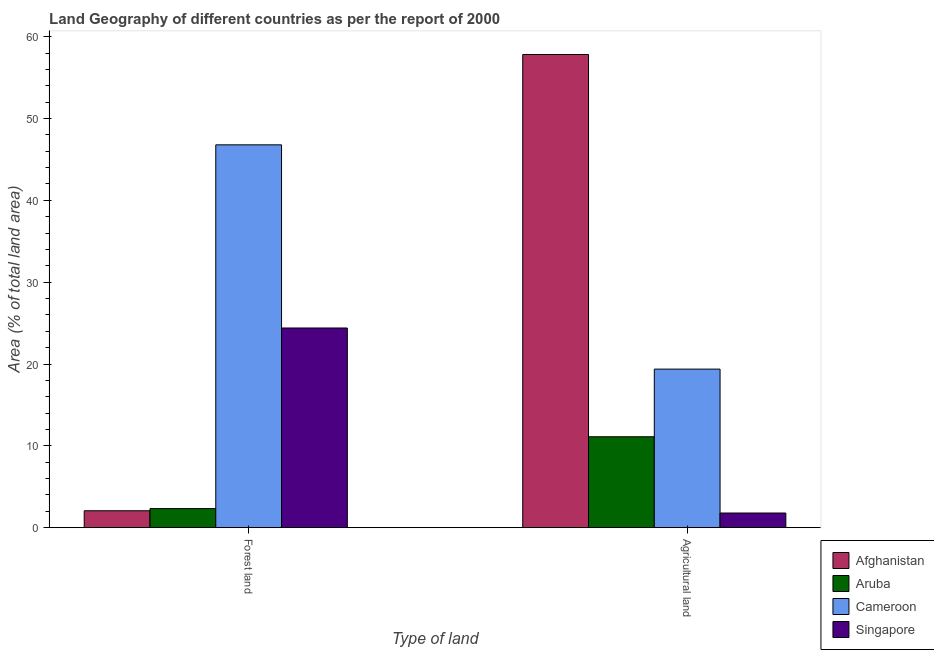
| Type of land | Afghanistan | Aruba | Cameroon | Singapore |
 | --- | --- | --- | --- | --- |
 | Forest land | 2.07 | 2.33 | 46.8 | 24.4 |
 | Agricultural land | 57.8 | 11.1 | 19.4 | 1.79 |